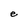
Character: e